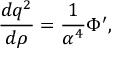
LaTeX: { \frac { d q ^ { 2 } } { d \rho } } = { \frac { 1 } { \alpha ^ { 4 } } } \Phi ^ { \prime } ,